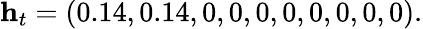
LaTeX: \mathbf{h}_{t}=(0.14,0.14,0,0,0,0,0,0,0,0).